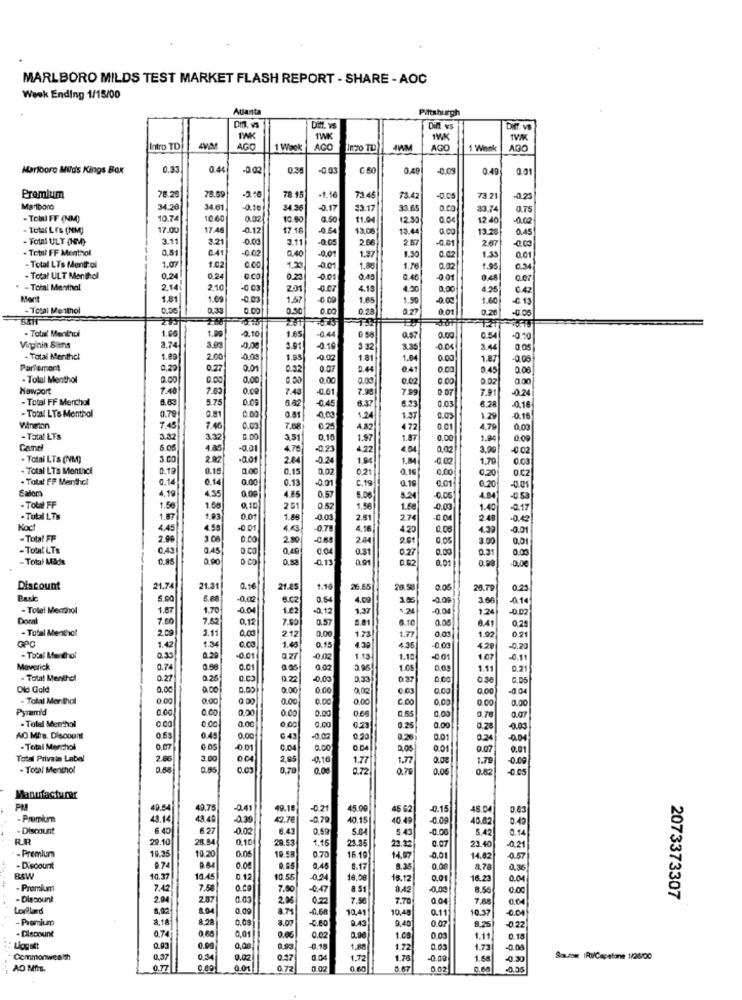
MARLBORO MILDS TEST MARKET FLASH REPORT - SHARE - AOC
Week Ending 1/15/00
Atlanta
Pittsburgh
Dm. v
Ditt ys
Dift vs
1WK
Intro TD
AGO
1 Week
AGO
Intro TO
AGO
1 Winek
AGO
Marlboro Mids Kings Box
0.33
0.44
-0.02
0.30
-0 03
G.50
0.49
-0.09
0.49
0.01
-2.16
Premium
78.26
78.59
78.15
-1.16
7346
73.42
-D.C.S
73.21
-0.23
Marlboro
34.20
34.61
0.10]
34.36
-0.17
33.17
33.65
0.00
33.74
0.75
- ToWI FF (NM)
10.74
10.60
0.02
10.00
0.50
11.9
12.30
0.04
12.40
- Total LES (NM)
17.00
174
-0.12
7.18
-0.54
13,00
13.4
0.00
13.28
0.45
- Total ULY (NM)
3.11
3.21
-0.03
3.11
-0.05
2.66
2.57
-0,01
2.67
- Total FF Menthol
0.51
041
0,40
-0.00
-0.02
-0,01
1.37
1.30
0.02
1.33
0.01
-Total LTs Mentt ol
1.07
1.02
0.00
1.20
-0.01
1.00]
1.76
0.02
1.95
0.34
- Total ULT Menthol
0.24
0.24
0.20
-0.01
0,40
0.40
0.01
0.48
0.07
- Total Menthal
2.14
2.10
-0 03
201
-0.07
4.19
4.20
0.00
4.26
0.42
1.81
1.0
-0.00
1.57
-0.00
1.65
1.50
0.00
1.60
-€ 15
- Total Menthol
0.36
0,33
0.00
0.30
0.00
0 28
0.01
0.28
-0.05
- Total Menthol
1.06
1.9
0.10
1.65
-0.44
0 58
Q.67
0.00
0.54
-0.00
Virginia Stins
3.74
3.93
-0,00
3.01
-0.19
3 32
3.35
8.4
0.05
- Total Menthet
1.89
2.00
4.00
1.55
-0.02
1.81
1.04
0.00
1.87
-0.05
Parfemort
0,20
0.27
0.01
0.32
0.07
0.44
0.41
0.00
9.45
200
- Tolul Menthol
0.00
0.00
0,00
0.00
0.03
0.02
0.00
0.02
0.00
Nowport
7.48
7.03
0.00
7.4
-0.01
7.90
0.07
7.91
-0.24
- Total FF Menchal
1.63
5.75
0.09
7.99
- Total LTs Menthol
6.62
-0.45
6.37
8.23
0.03
6.28
0.16
0.79
0.81
0.00
0.81
-0.00
1.24
1.37
0,03
1.29
0.18
Winston
7.45
7.46
0.00
7.08
0.25
4.82
4 72
0.01
4,79
0.03
- Total LTS
3.32
8.00
3.51
0.10
1.97
1.87
0.00
19
0:09
Cane
4.85
-0.01
4.78
-0,23
4.22
0,02
3.90
-0.02
- Total LTs (NM)
3.00
2.02
-0.01
2.04
-0.24
1.94
1,84
0.00
1.70
0.03
- Total LTs Monthci
0.12
8.15
1.00
0.15
0.02
0,21
Q.1
0,00
0,20
O.CZ
. Total FF Menthol
0.14
0.14
0.00
0.13
-0.01
C.19
Q.15
0.01
6.20
4.19
0.00
4.35
4.85
0.57
8.00
8.21
-0.00
4.94
-0 53
- ToWa FF
1.50
1.00]
0.10
261
0.52
1.56
1.60
0.00
1.40
-0.17
. Total LTIs
1.87
1.93
0.01
1.88
-0.03
2.51
27
00
2.48
Koc!
4.45
4.59
-0.01
4.3
-0.79
4,16
4.20
0.00
4.39
-0.01
-Total FF
2.9
3.00
0.00
2.80
-0.8
2.44
2.61
3.00
0,01
- Total LTs
0,43
0.45
0,49
0.04
0.81
0.27
0.00
0.31
0.00
- Total Made
0.85
0.00
D CO
0.88
-0.13
0 02
0.01
Discount
21.74
21.31
0.16
21.45
1.1
26.65
26.58
0.05
26.79
0.23
Bask
5.00
5.68
-0.00
0.54
4.09
3.85
-0.09
3.00
.014
- Tolel Menthol
1.87
1.70
-0.04
1.22
-0.12
1.37
1.24
-0.04
1.24
-0.02
Doral
7.50
7.52
0,12
7.50
0.57
0.08
6.41
0.25
- Total Menthot
2.09
0.00
0.21
GPC
2.11
2.12
1.40
0.00
1.73
1.77
0.00
1.92
1.42
1.34
0.15
4.30
4.36
-0.00
4.20
-0.20
- Total Menthol
0.33
0.29
-0.01
-0,02
1.13
1.10
-0.01
1.07
0.11
Maverick
0.7
0.88
0.01
0,02
2 9
1.08
0.00
1.11
0.21
. Total Menthol
0.27
0.25
0.22
0.00
0.33
037
0.00
0.50
Old Gold
0.00
0.00
0.00
0.00
0.00
0,03
0.03
0.00
0.00
-0.04
- Tolal Mor thal
0.00
0.00
0.00
0.00
0.00
0.00
0.00
0.00
0,00
Pyramid
0.00
0.00
0.00
0.00
0.00
- Total Menthol
0.00
0.65
0.00
0.70
0.00
0.00
0.00
0,00
0.23
0.25
0.00
0,28
-0.00
AD Mira. Discount
0.53
0.45
0.00
G.43
-0.02
0,20
0.26
0.01
0.24
- Total Marchol
0,07
-00.01
0.04
0.00
0.54
0.01
0.07
0.01
Total Private Label
2.66
3.0
0.04
2,65
-0.16
1.77
1.77
0.08
1.79
0.00
- Total Menthol
0.85
0.05
0.70
0.06
0.72
070
0.06
082
Manufacturer
49.54
40.75
-041
49.15
-0.21
45.0G
45 G
-0.15
46.04
49.14
44.48
-0.30
42.7€
-0.79
40.15
40 49
-0.09
40.82
040
- Discount
6.40
6.27
-0.02
6.43
5.84
5.43
-0.00
5.42
0.94
RR
29.10
28 9
0,10
29.53
1.16
23.35
0.70
0.07
23.40
-0.21
- Premium
19.35
10.20
0.05
19.58
16.10]
14.07
-0.01
14.82
0.57
- Discount
0.74
0.84
0.05
0.05
0,48
8.17
8.33
0.00
0.36
RAW
10.37
104
D.12
10.55
024
16.08
19.12
0.01
16.23
0.04
- Promium
7.42
7.58
0.00
7.00
-047
8.51
8.42
-0.00
8.55
0.00
- Dlacount
2.94
2.87
20
0.22
7.5
0.04
7.88
0.04
2073373307
1,02
8.94
0.00
-0,68
10.41
7.70
10.48
-0.04
-Premium
4
8,18
8.28
0,08
8.07
-0.60
0,40
0.11
0.07
10.37
- Discount
8.25
-0.22
0.74
.60
0,01
0.0%
0.02
0,90
1.08
0.00
1.11|
0.18
Logott
0.03
0.00
0,00
0.18
1.88
1.72
0.03
1.73
-0.00
Commonwealth
0.37
0.34
0.02
0.37
1.72
1.78
-0.00
1.68
-0.30
Surow IRI/Capatane 1/26/00
AO MirE.
0.77
0.01
6.77
0.67
0.62
-0.05